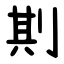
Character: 剘